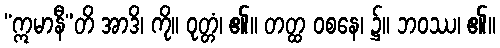
“ဣမာနီ”တိ အာဒိ၊ ကို။ ဝုတ္တံ၊ ၏။ တတ္ထ ဝစနေ၊ ၌။ ဘဝဿ၊ ၏။